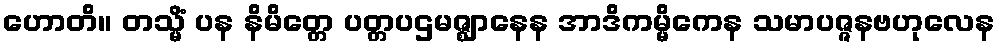
ဟောတိ။ တသ္မိံ ပန နိမိတ္တေ ပတ္တပဌမဇ္ဈာနေန အာဒိကမ္မိကေန သမာပဇ္ဇနဗဟုလေန